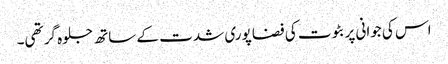
اس کی جوانی پر بٹوت کی فضا پوری شدت کے ساتھ جلوہ گر تھی۔